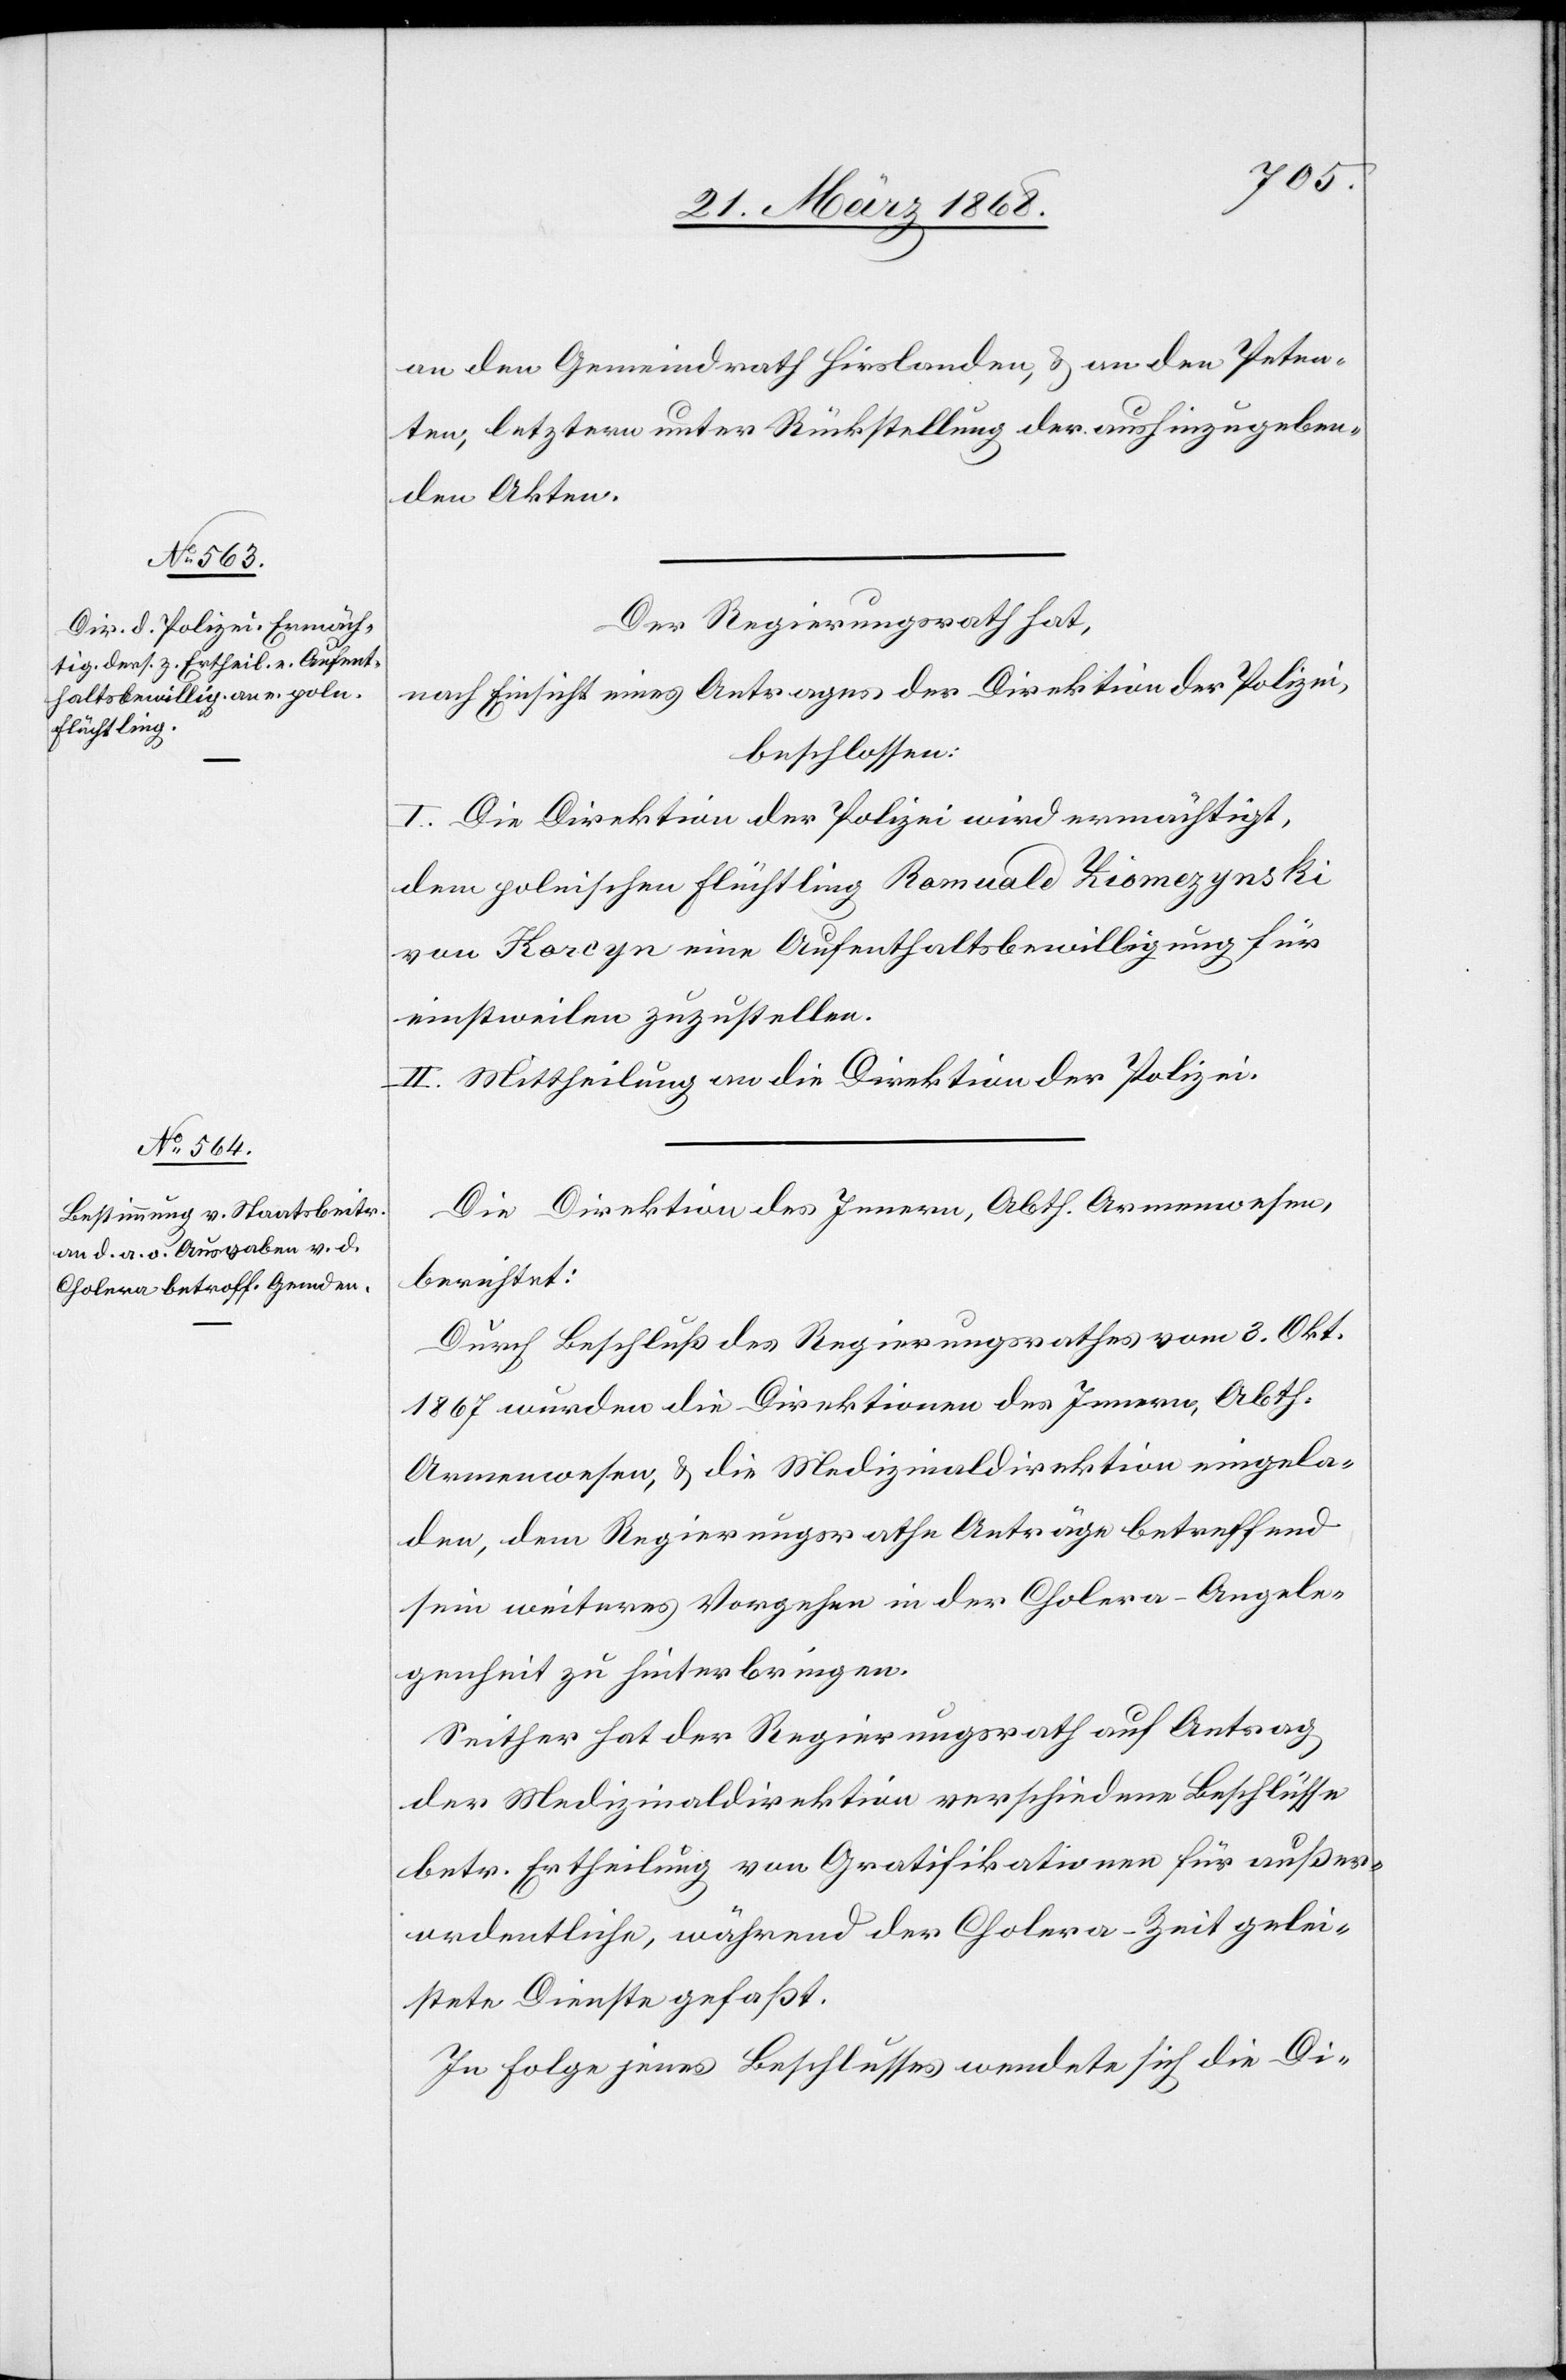
an den Gemeindrath Hirslanden, & an den Peten¬
ten, letztern unter Rückstellung der aushinzugeben¬
den Akten.
Der Regierungsrath hat,
nach Einsicht eines Antrages der Direktion der Polizei,
beschlossen:
I. Die Direktion der Polizei wird ermächtigt,
dem polnischen Flüchtling Romuald [recte:
von Korc[z]yn eine Aufenthaltsbewilligung für
einstweilen zuzustellen.
II. Mittheilung an die Direktion der Polizei.
Die Direktion des Innern, Abth. Armenwesen,
berichtet:
Durch Beschluß des Regierungsrathes vom 3. Okt.
1867 wurden die Direktionen des Innern, Abth.
Armenwesen, & die Medizinaldirektion eingela¬
den, dem Regierungsrathe Anträge betreffend
sein weiteres Vorgehen in der Cholera-Angele¬
genheit zu hinterbringen.
Seither hat der Regierungsrath auf Antrag
der Medizinaldirektion verschiedene Beschlüsse
betr. Ertheilung von Gratifikationen für außer¬
ordentliche, während der Cholera-Zeit gelei¬
stete Dienste gefaßt.
In Folge jenes Beschlusses wendete sich die Di-